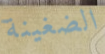
الضغينة